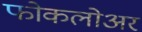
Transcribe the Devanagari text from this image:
फोकलोअर